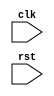
module for_loop_example (
    input wire clk,
    input wire rst
);

reg [7:0] loop_var;

always @ (posedge clk or posedge rst) begin
    if (rst) begin
        loop_var <= 0; // Initialization statement
    end else begin
        for (loop_var = 0; loop_var < 10; loop_var = loop_var + 1) begin
            // Loop body
            // Insert statements to be executed during each iteration here
        end
    end
end

endmodule